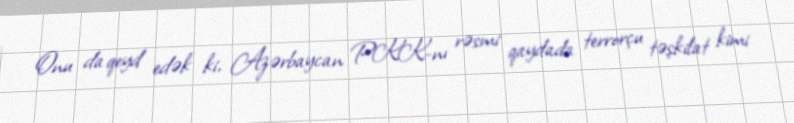
Onu da qeyd edək ki, Azərbaycan PKK-nı rəsmi qaydada terrorçu təşkilat kimi